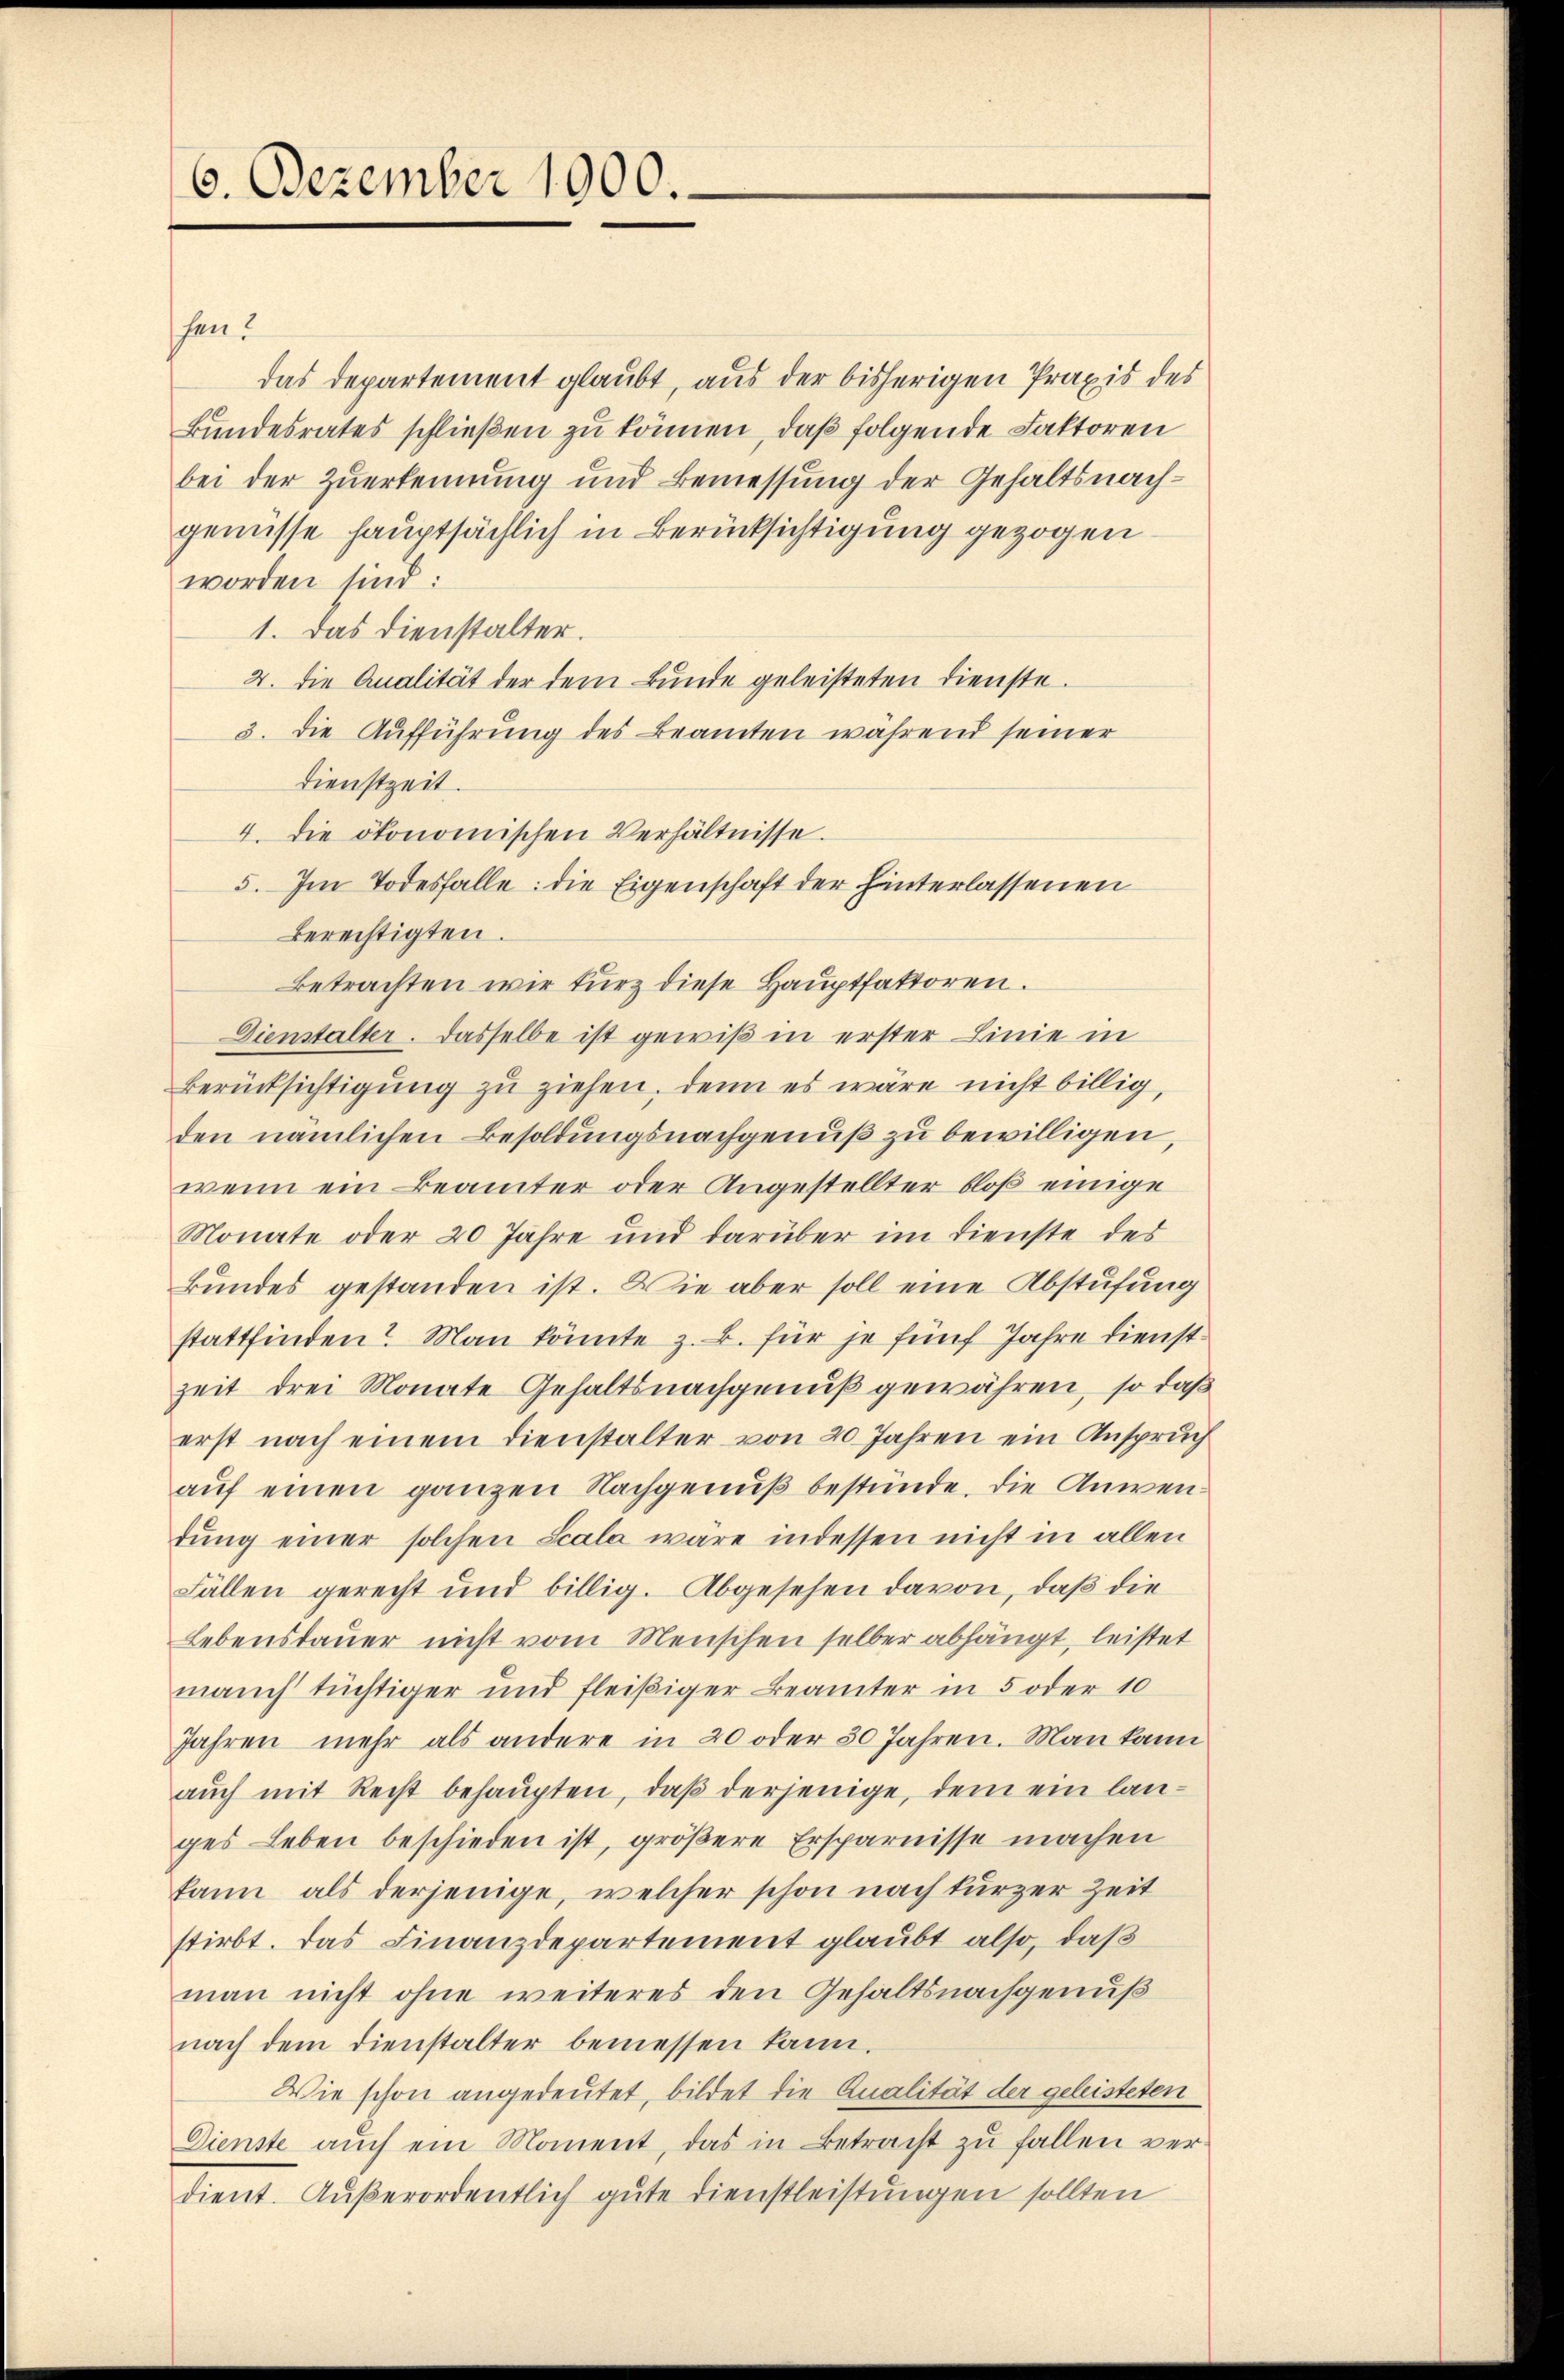
6. Dezember 1900.

schen.
das Departement glaubt, aus der bisherigen Praxis des
Bundesrates schließen zu können, daß folgende Faktoren
bei der Zuerkennung und Bemessung der Gehaltsnachgenisse hauptsächlich in Berücksichtigung gezogen
worden sind:
1. Das Dienstalter.
4. die Analität der dem Bunde geleisteten Dienste.
3. die Aufführung des Beamten während seiner
Dienstzeit.
4. die ökonomischen Verhältnisse.
5. Im Todesfalle: die Eigenschaft der hinterlassenen
berechtigten.
Betrachten wir kurz diese Hauptfaktoren.
Dienstalter. Dasselbe ist gewiß in erster Linie in
Berücksichtigung zu ziehen, denn es wäre nicht billig,
den nämlichen Besoldungsnachgenuß zu bewilligen,
wenn ein Beamter oder Angestellter bloß einige
Monate oder 20 Jahre und darüber im Dienste des
Bundes gestanden ist. Die aber soll eine Abstufung
stattfinden? Man könnte z. B. für je fünf Jahre dienstzeit drei Monate Gehaltsnachgenuß gewähren, so daß
erst nach einem Dienstalter von 20 Jahren ein Anspruch
auf einen ganzen Nachgenuß bestünde. Die Anwendŭng einer solchen Scala wäre indessen nicht in allen
Fällen gerecht und billig. Abgesehen davon, daß die
Lebensdauer nicht vom Menschen selber abhängt, leistet
manch tüchtiger und fleißiger Beamter in 5 oder 10
Jahren mehr als andere in 20 oder 30 Jahren. Man kann
aŭch mit Recht behaupten, daβ derjenige, dem ein langes Leben beschieden ist, größere Ersparnisse machen
kann als derjenige, welcher schon nach kurzer Zeit
stirbt. Das Finanzdepartement glaubt also, daß
man nicht ohne weiteres den Gehaltsnachgenuß
nach dem Dienstalter bemessen kann.
Wie schon angedeutet, bildet die Qualität der geleisteten
Dienste aŭch ein Moment, das in Betracht zŭ fallen ver-
dient. Außerordentlich gute Dienstleistungen sollten